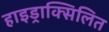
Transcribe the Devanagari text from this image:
हाइड्राक्सिलित